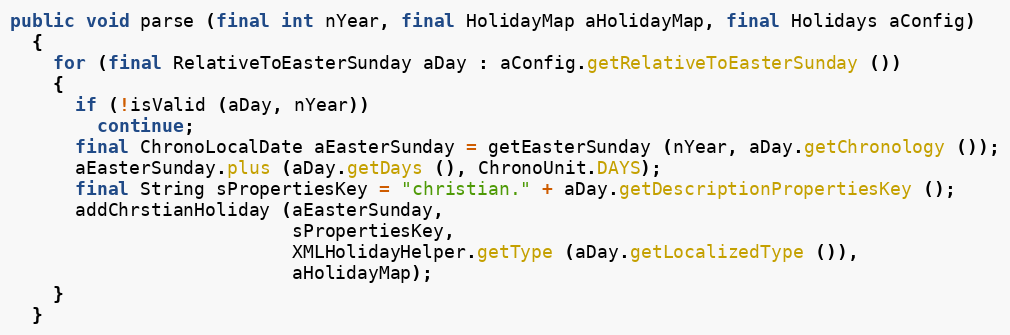
Language: Java
public void parse (final int nYear, final HolidayMap aHolidayMap, final Holidays aConfig)
  {
    for (final RelativeToEasterSunday aDay : aConfig.getRelativeToEasterSunday ())
    {
      if (!isValid (aDay, nYear))
        continue;
      final ChronoLocalDate aEasterSunday = getEasterSunday (nYear, aDay.getChronology ());
      aEasterSunday.plus (aDay.getDays (), ChronoUnit.DAYS);
      final String sPropertiesKey = "christian." + aDay.getDescriptionPropertiesKey ();
      addChrstianHoliday (aEasterSunday,
                          sPropertiesKey,
                          XMLHolidayHelper.getType (aDay.getLocalizedType ()),
                          aHolidayMap);
    }
  }